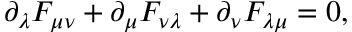
\partial _ { \lambda } F _ { \mu \nu } + \partial _ { \mu } F _ { \nu \lambda } + \partial _ { \nu } F _ { \lambda \mu } = 0 ,